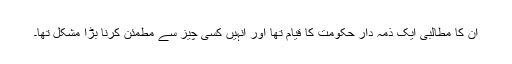
اُن کا مطالبی ایک ذمہ دار حکومت کا قیام تھا اور اُنہیں کسی چیز سے مطمئن کرنا بڑا مشکل تھا۔